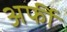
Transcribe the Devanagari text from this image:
अर्फी